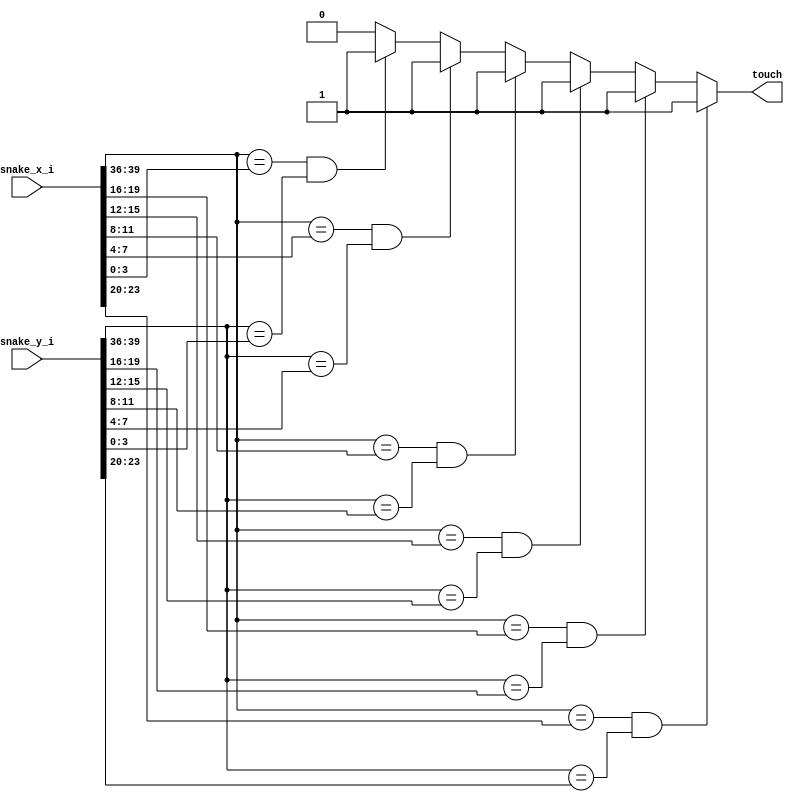
module TouchSelf(touch, snake_x_i, snake_y_i);
output reg touch;
input [39:0]snake_x_i, snake_y_i;
wire [3:0] snake_x[9:0], snake_y[9:0];
assign {snake_x[9],snake_x[8],snake_x[7],snake_x[6],snake_x[5],snake_x[4],snake_x[3],snake_x[2],snake_x[1],snake_x[0]} = snake_x_i; 
assign {snake_y[9],snake_y[8],snake_y[7],snake_y[6],snake_y[5],snake_y[4],snake_y[3],snake_y[2],snake_y[1],snake_y[0]} = snake_y_i; 
always @(*)
begin
    if(snake_x[9] == snake_x[5] && snake_y[9] == snake_y[5])
        touch = 1;
    else if(snake_x[9] == snake_x[4] && snake_y[9] == snake_y[4])
        touch = 1;
    else if(snake_x[9] == snake_x[3] && snake_y[9] == snake_y[3])
        touch = 1;
    else if(snake_x[9] == snake_x[2] && snake_y[9] == snake_y[2])
        touch = 1;
    else if(snake_x[9] == snake_x[1] && snake_y[9] == snake_y[1])
        touch = 1;
    else if(snake_x[9] == snake_x[0] && snake_y[9] == snake_y[0])
        touch = 1;
    else 
        touch = 0;
end
endmodule